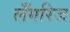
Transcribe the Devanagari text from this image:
लँगरिज